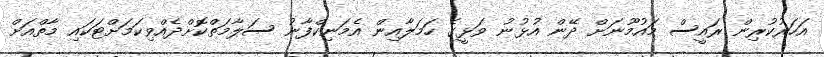
އަހަރުކުރިން ރައީސް މައުމޫނަށް ދޭން އުޅުނު ވަޅީގެ ހަމަލާއިން އެމަނިކްފާނު ސަލާމަތްކޮށްދެއްވިކަމަށްޓަކައި މާތްއަށް